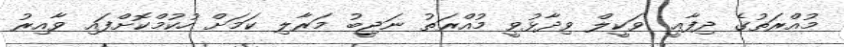
މުއްރަތުގެ ދިފާޢީ ވަކީލް ވިދާޅުވީ މުއްރަތު ނަޖީބު މަރާލި ކަމަށް ހުކުމްކޮށްފައި ވާއިރު